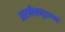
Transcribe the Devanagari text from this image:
अरबीसमुद्राच्या